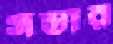
সস্তার